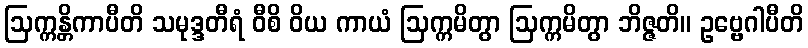
ဩက္ကန္တိကာပီတိ သမုဒ္ဒတီရံ ဝီစိ ဝိယ ကာယံ ဩက္ကမိတွာ ဩက္ကမိတွာ ဘိဇ္ဇတိ။ ဥဗ္ဗေဂါပီတိ